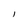
Character: l